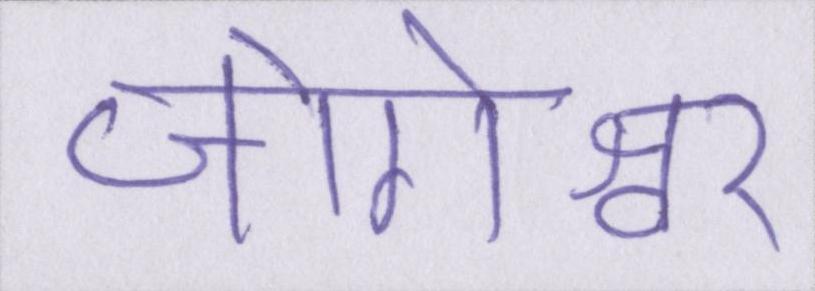
जोगेश्वर